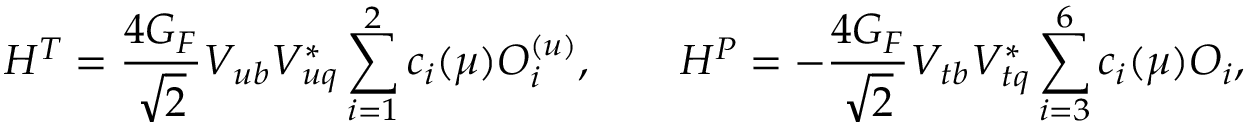
{ \cal H } ^ { T } = \frac { 4 G _ { F } } { \sqrt { 2 } } V _ { u b } V _ { u q } ^ { * } \sum _ { i = 1 } ^ { 2 } c _ { i } ( \mu ) O _ { i } ^ { ( u ) } , \qquad { \cal H } ^ { P } = - \frac { 4 G _ { F } } { \sqrt { 2 } } V _ { t b } V _ { t q } ^ { * } \sum _ { i = 3 } ^ { 6 } c _ { i } ( \mu ) O _ { i } ,